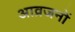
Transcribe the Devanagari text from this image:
आव्रजनों